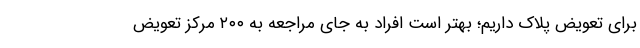
برای تعویض پلاک داریم؛ بهتر است افراد به جای مراجعه به ۲۰۰ مرکز تعویض